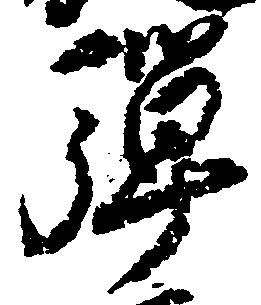
弾